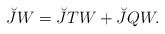
\begin{align*}\breve{J}W=\breve{J}TW+\breve{J}QW. \end{align*}